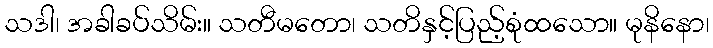
သဒါ၊ အခါခပ်သိမ်း။ သတီမတော၊ သတိနှင့်ပြည့်စုံထသော။ မုနိနော၊